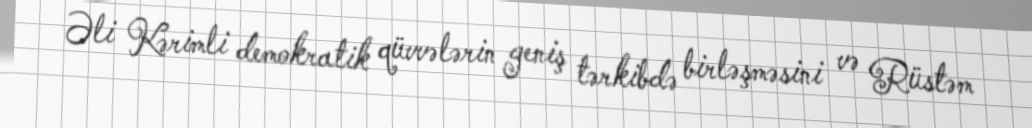
Əli Kərimli demokratik qüvvələrin geniş tərkibdə birləşməsini və Rüstəm